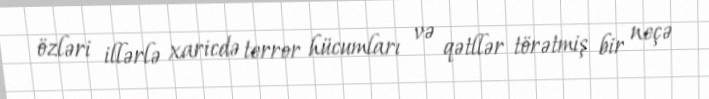
özləri illərlə xaricdə terror hücumları və qətllər törətmiş bir neçə